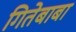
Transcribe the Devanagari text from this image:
गितेबाबा